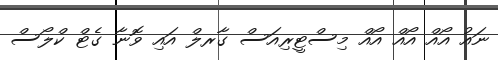
ނައު އޯއް އޯއް އޯއް މިސްޓީރިއަސް ގާރލް އައި ވޮނާ ގެޓް ކްލޯސް